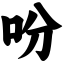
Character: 吩